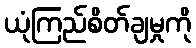
ယုံကြည်စိတ်ချမှုကို